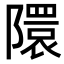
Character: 𮥥